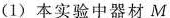
(1)本实验中器材M